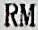
RM